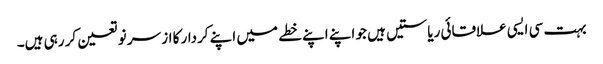
بہت سی ایسی علاقائی ریاستیں ہیں جو اپنے اپنے خطے میں اپنے کردار کا از سر نو تعین کر رہی ہیں۔